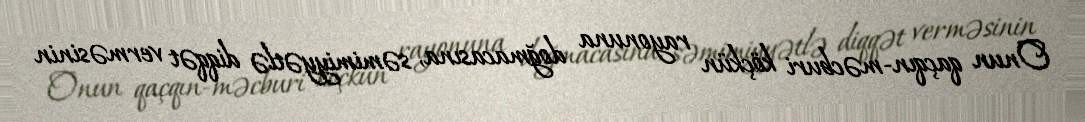
Onun qaçqın-məcburi köçkün rayonuna doğmacasına, səmimiyyətlə diqqət verməsinin